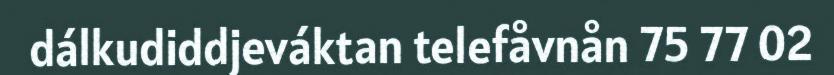
dálkudiddjeváktan telefåvnån 75 77 02